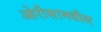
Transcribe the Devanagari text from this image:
ओरीसामधील